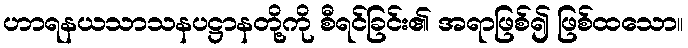
ဟာရနယသာသနပဋ္ဌာနတို့ကို စီရင်ခြင်း၏ အရာဖြစ်၍ ဖြစ်ထသော။